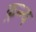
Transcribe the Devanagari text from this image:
फ़न्न्य